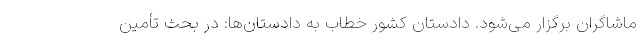
ماشاگران برگزار می‌شود. دادستان کشور خطاب به دادستان‌ها: در بحث تأمین